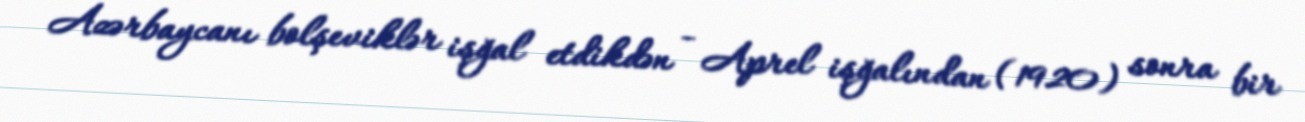
Azərbaycanı bolşeviklər işğal etdikdən - Aprel işğalından (1920) sonra bir